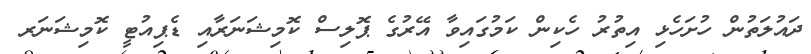
ދައުލަތުން ހުށަހެޅި އިތުރު ހެކިން ކަމުގައިވާ އޭރުގެ ޕޮލިސް ކޮމިޝަނަރާއި ޑެޕިއުޓީ ކޮމިޝަނަރ